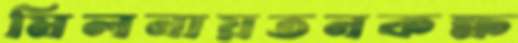
মিলনায়তনকক্ষ